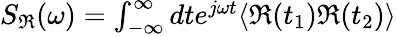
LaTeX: \begin{array}{r}{S_{\Re}(\omega)=\int_{-\infty}^{\infty}dte^{j\omega t}\langle\Re(t_{1})\Re(t_{2})\rangle}\end{array}